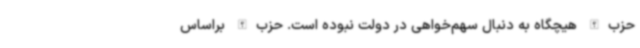
حزب‌الله هیچگاه به دنبال سهم‌خواهی در دولت نبوده است. حزب‌الله براساس